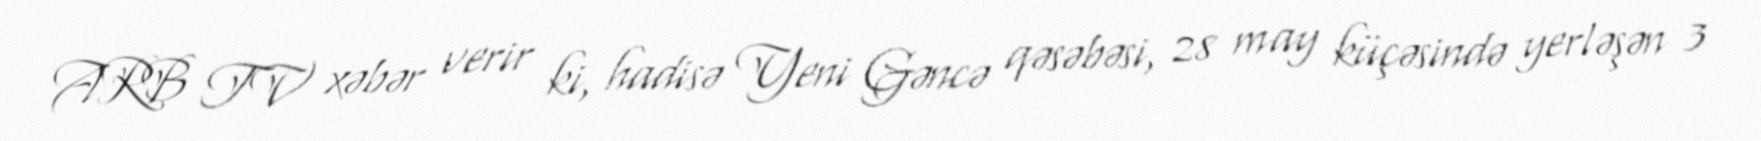
ARB TV xəbər verir ki, hadisə Yeni Gəncə qəsəbəsi, 28 may küçəsində yerləşən 3